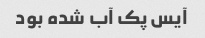
آیس پک آب شده بود